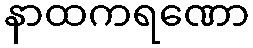
နာထကရဏော